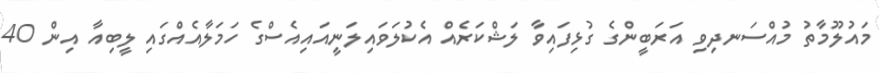
މައުލޫމާތު މުއްސަނދިވި އަރަބީންގެ ގުޅިފައިވާ ލަޝްކަރެއް އެކުލަވައިލަނީއައިއެސްގެ ހަމަލާއެއްގައި ލީބިއާ އިން 40